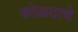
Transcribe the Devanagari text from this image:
कोळयाचे